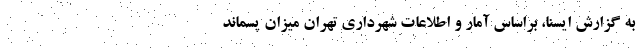
به گزارش ایسنا، براساس آمار و اطلاعات شهرداری تهران میزان پسماند